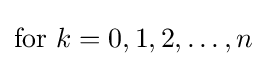
{\text{for }}k=0,1,2,\dotsc ,n